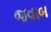
જવાબ